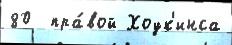
80  пра́вой Хоук'инса